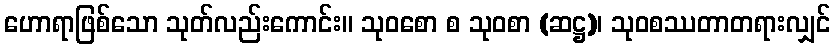
ဟောရာဖြစ်သော သုတ်လည်းကောင်း။ သုဝစော စ သုဝစာ (ဆဋ္ဌ)၊ သုဝစဿတာတရားလျှင်